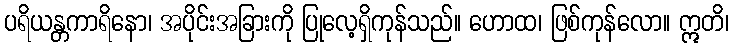
ပရိယန္တကာရိနော၊ အပိုင်းအခြားကို ပြုလေ့ရှိကုန်သည်။ ဟောထ၊ ဖြစ်ကုန်လော။ ဣတိ၊